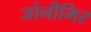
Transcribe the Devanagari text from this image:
जोनीमिर